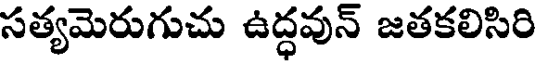
సత్యమెరుగుచు ఉద్ధవున్ జతకలిసిరి